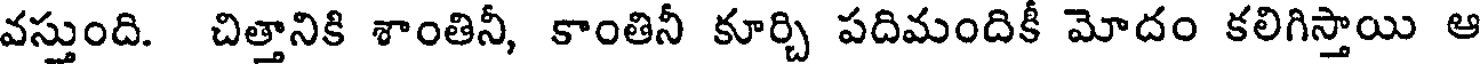
వస్తుంది. చిత్తానికి శాంతినీ, కాంతినీ కూర్చి పదిమందికీ మోదం కలిగిస్తాయి ఆ